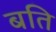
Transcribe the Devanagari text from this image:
बति